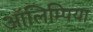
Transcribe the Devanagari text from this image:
ऑलिम्पिया